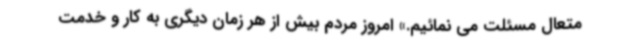
متعال مسئلت می نمائیم.» امروز مردم بیش از هر زمان دیگری به کار و خدمت